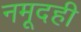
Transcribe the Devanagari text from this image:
नमूदही